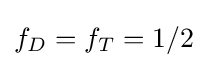
f_{D}=f_{T}=1/2